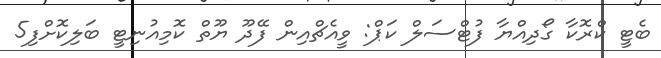
ބެޓީ ކްރޮކާ ގޯދިއްޔާ ފުޓްސަލް ކަޕް: ވީއެޗްއިން ފޭދޫ ޔޫތް ކޮމިއުނިޓީ ބަލިކޮށްފި5